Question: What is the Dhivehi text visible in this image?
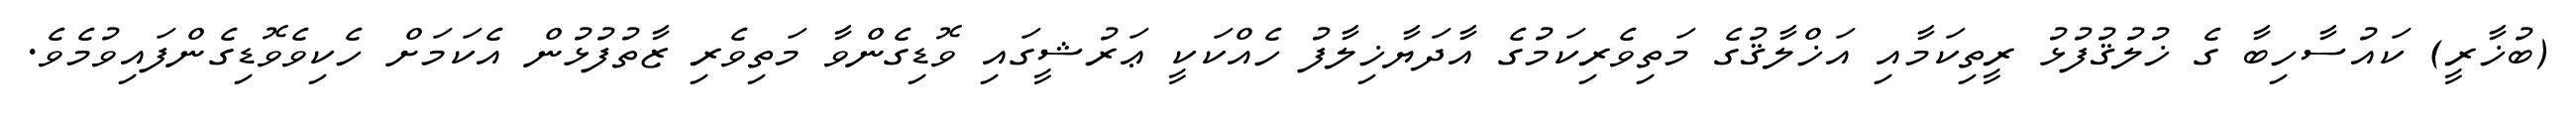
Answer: (ބުޚާރީ) ކައުސާހިބާ ގެ ޚުލުޤުފުޅު ރީތިކަމާއި އަޚްލާޤުގެ މަތިވެރިކަމުގެ އާދަޔާޚިލާފު ހެއްކަކީ ޢަރުޝީގައި ވޮޑިގެންވާ މަތިވެރި ޒާތުފުޅުން އެކަމަށް ހެކިވެވޮޑިގެންފައިވުމެވެ.